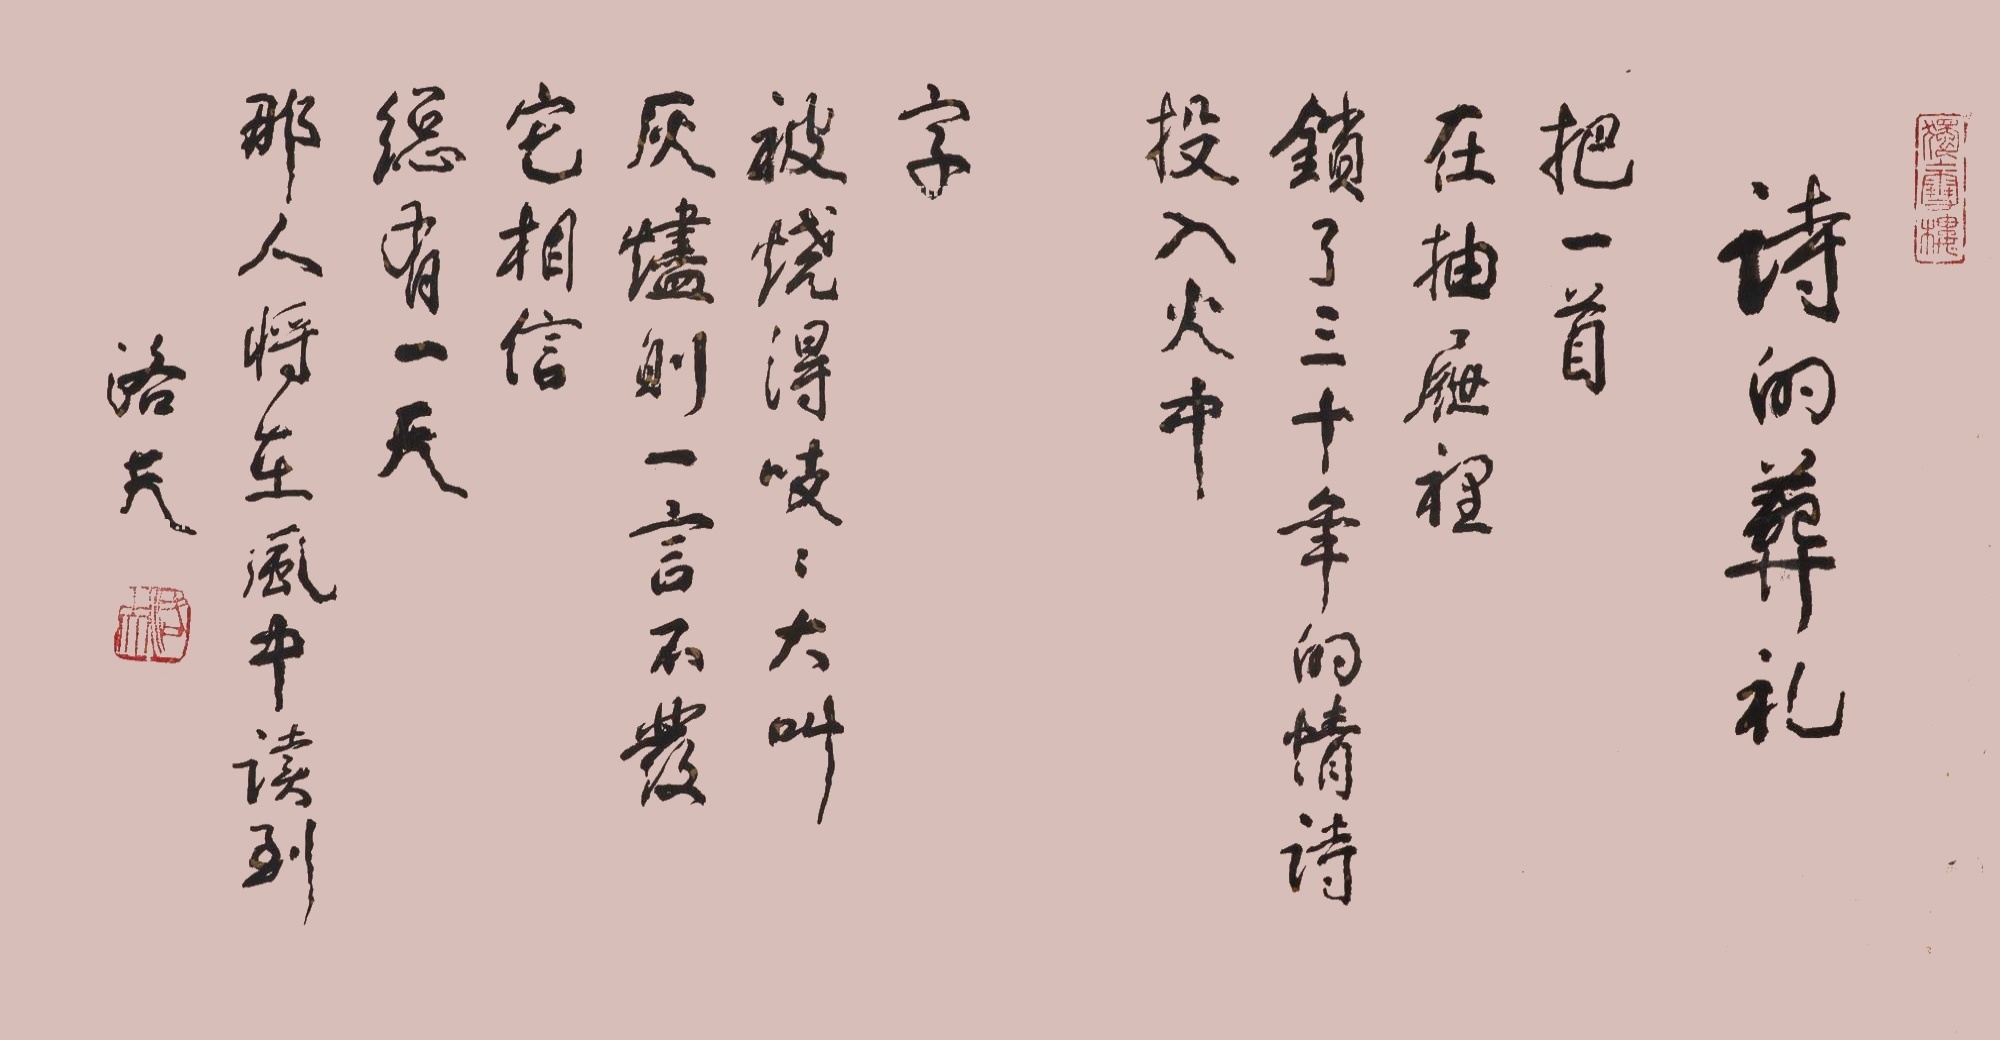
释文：诗的葬礼。把一首，在抽屉里锁了三十年的情诗，投入火中，字，被烧得吱吱大叫，而灰炉一言不发，它相信，总有一天，那人，将在风中读到。洛夫。